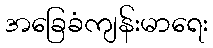
အခြေခံကျန်းမာရေး